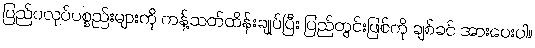
ပြည်ပလုပ်ပစ္စည်းများကို ကန့်သတ်ထိန်းချုပ်ပြီး ပြည်တွင်းဖြစ်ကို ချစ်ခင် အားပေးပါ။